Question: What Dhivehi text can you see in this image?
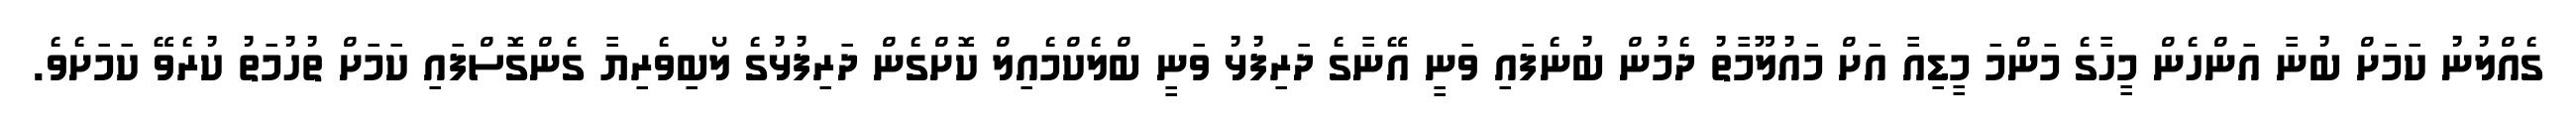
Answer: ގެއްލުނު ކަމަށް ބުނާ އަންހެން މީހާގެ މަންމަ މީޑިއާ އަށް މައުލޫމާތު ދެމުން ބުނެފައި ވަނީ އޭނާގެ ދަރިފުޅު ވަނީ ބްލެކްމެއިލް ކޮށްގެން ދަރިފުޅުގެ ލޯބިވެރިޔާ ގެންގޮސްފައި ކަމަށް ތުހުމަތު ކުރެވޭ ކަމަށެވެ.